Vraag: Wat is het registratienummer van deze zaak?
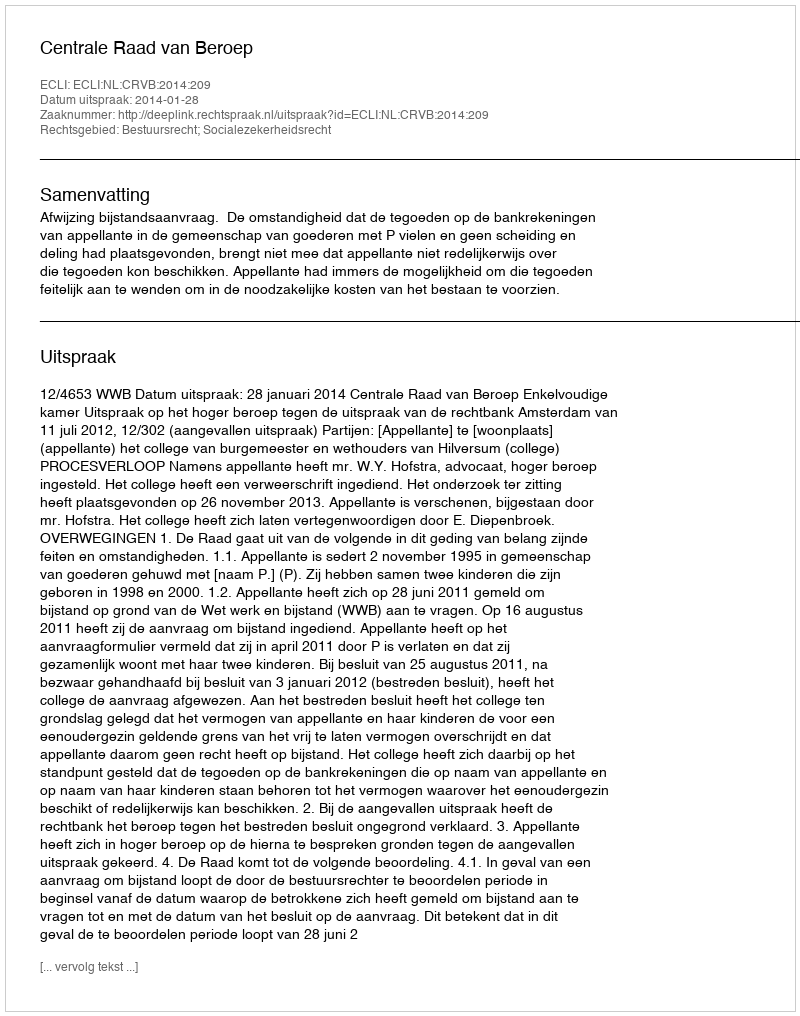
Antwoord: http://deeplink.rechtspraak.nl/uitspraak?id=ECLI:NL:CRVB:2014:209